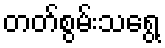
တတ်စွမ်းသရွေ့